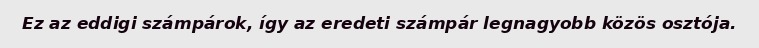
Ez az eddigi számpárok, így az eredeti számpár legnagyobb közös osztója.